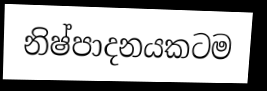
නිෂ්පාදනයකටම